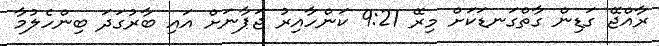
ރާއްޖޭ ގަޑިން ގާތްގަނޑަކަށް މިރޭ 9:21 ކަންހާއިރު ޖަޕާނަށް އައި ބާރުގަދަ ބިންހެލުމާ